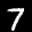
Label: 7